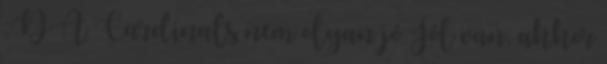
:D A Cardinals nem olyan jó Jól van, akkor